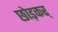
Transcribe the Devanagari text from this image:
छोड़कर्